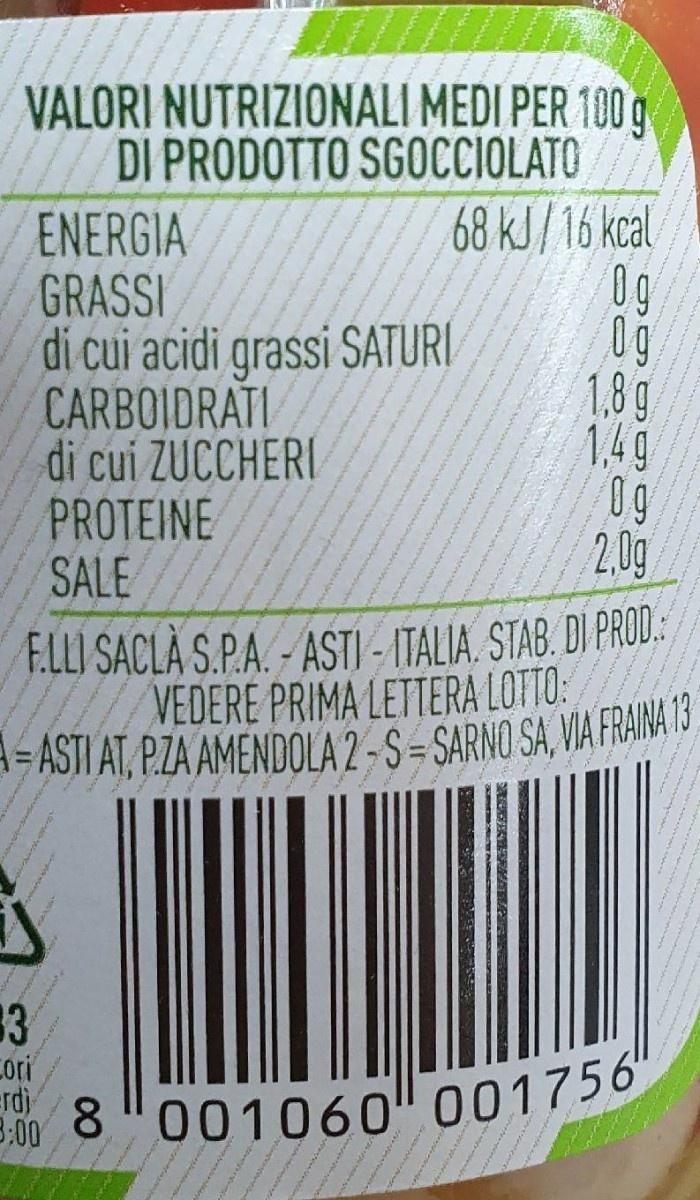
VALORI NUTRIZIONALI MEDI PER 100 g DI PRODOTTO SGOCCIOLATO 68 kJ/16 kcal 0g
ENERGIA GRASSI di cui acidi grassi SATURI CARBOIDRATI di cui ZUCCHERI PROTEINE SALE
1,8 g 1,49 0g 2.0g
F.LLI SACLĂ S.P.A. - ASTI - ITALIA. STAB. DI PROD.: VEDERE PRIMA LETTERA LOTTO: =ASTI AT, P.ZA AMENDOLA 2 - S- SARNO SA, VIA FRAINA 13
13 cori erd) B:00
8 001060" 001756"